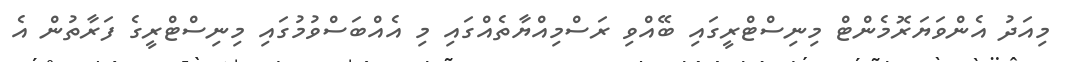
މިއަދު އެންވަޔަރޮމެންޓް މިނިސްޓްރީގައި ބޭއްވި ރަަސްމިއްޔާތެއްގައި މި އެއްބަސްވުމުގައި މިނިސްޓްރީގެ ފަރާތުން އެ